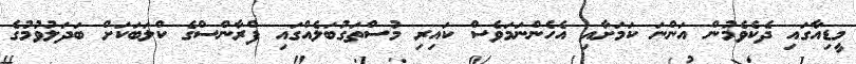
މީޑިއާގައި ދެކެވެމުން އަންނަ ކަމަށާއި އެހެންނަމަވެސް ކައިރި މުސްތަގުބަލެއްގައި ފްރާންސްގެ ކްލަބަކަށް ބަދަލުވުމުގެ